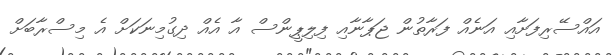
އައްސޭރިފަށާއި އަނެއް ފަރާތުން ޖަޕާނާއި ފިލިޕީންސް އާ އެއް ދިގުމިނަކަށް އެ މިސްރާބަށް